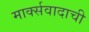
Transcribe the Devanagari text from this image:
मार्क्सवादाची